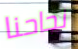
نجاحنا